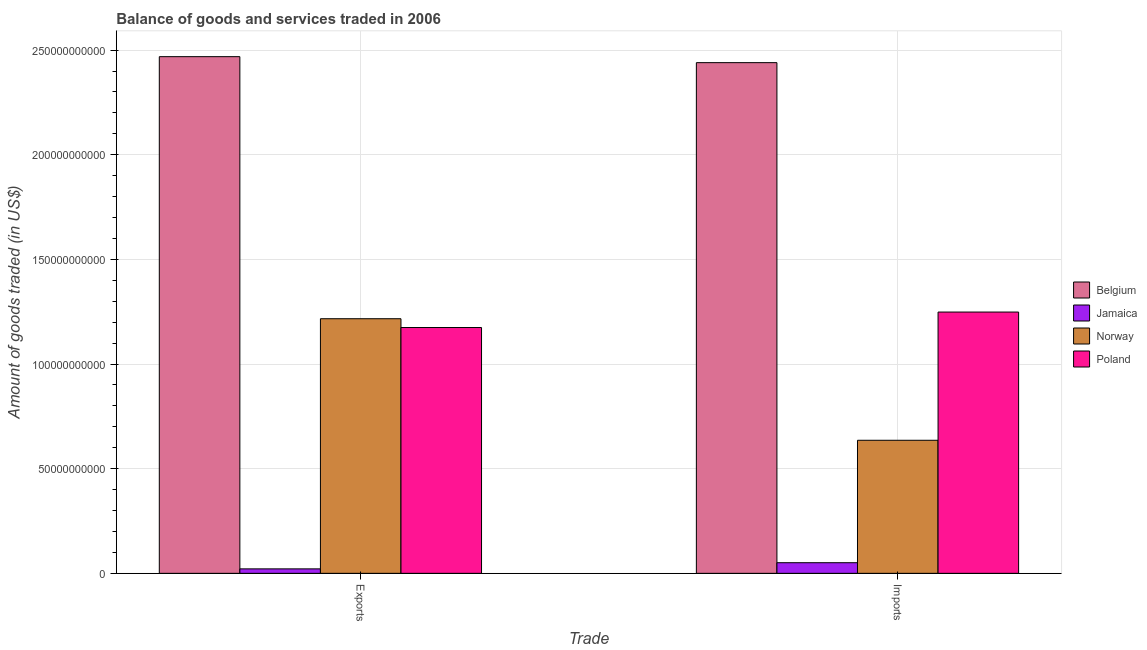
| Trade | Belgium | Jamaica | Norway | Poland |
 | --- | --- | --- | --- | --- |
 | Exports | 2.47e+11 | 2.13e+09 | 1.22e+11 | 1.17e+11 |
 | Imports | 2.44e+11 | 5.08e+09 | 6.36e+10 | 1.25e+11 |